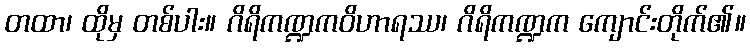
တထာ၊ ထိုမှ တစ်ပါး။ ဂိရိကဏ္ဍကဝိဟာရဿ၊ ဂိရိကဏ္ဍက ကျောင်းတိုက်၏။